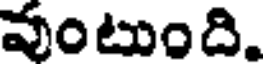
వుంటుంది.